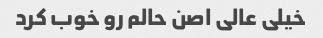
خیلی عالی اصن حالم رو خوب کرد